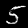
Digit: 5